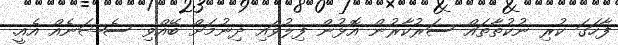
ފާހަގަ ކުރި ނުކުތާތައް ސަރުކާރުން އޮޅުން ފިލުވައި ދިނުމަށް ބޭއްވި ސެޝަނެއް އެއީ.